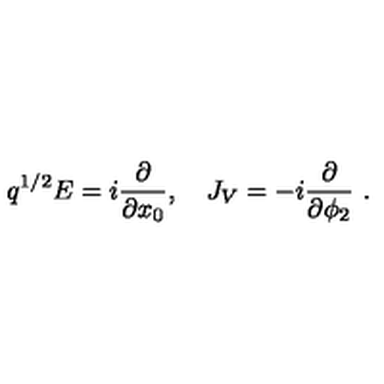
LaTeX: q ^ { 1 / 2 } E = i { \frac { \partial } { \partial x _ { 0 } } } , \quad J _ { V } = - i { \frac { \partial } { \partial \phi _ { 2 } } } \ .